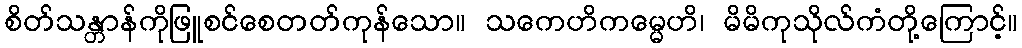
စိတ်သန္တာန်ကိုဖြူစင်စေတတ်ကုန်သော။ သကေဟိကမ္မေဟိ၊ မိမိကုသိုလ်ကံတို့ကြောင့်။